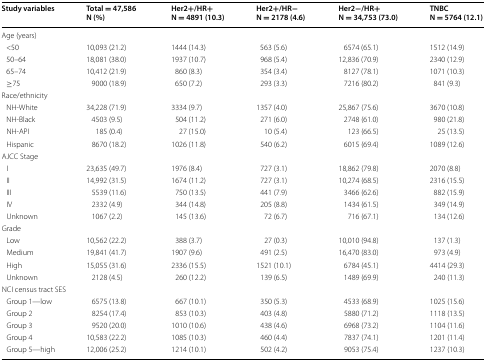
<table><thead><tr><td><b>Study variables</b></td><td><b>Total = 47,586 N (%)</b></td><td><b>Her2+/HR+N = 4891 (10.3)</b></td><td><b>Her2+/HR−N = 2178 (4.6)</b></td><td><b>Her2−/HR+N = 34,753 (73.0)</b></td><td><b>TNBCN = 5764 (12.1)</b></td></tr></thead><tbody><tr><td colspan="6">Age (years)</td></tr><tr><td> &lt;50</td><td>10,093 (21.2)</td><td>1444 (14.3)</td><td>563 (5.6)</td><td>6574 (65.1)</td><td>1512 (14.9)</td></tr><tr><td> 50–64</td><td>18,081 (38.0)</td><td>1937 (10.7)</td><td>968 (5.4)</td><td>12,836 (70.9)</td><td>2340 (12.9)</td></tr><tr><td> 65–74</td><td>10,412 (21.9)</td><td>860 (8.3)</td><td>354 (3.4)</td><td>8127 (78.1)</td><td>1071 (10.3)</td></tr><tr><td> ≥75</td><td>9000 (18.9)</td><td>650 (7.2)</td><td>293 (3.3)</td><td>7216 (80.2)</td><td>841 (9.3)</td></tr><tr><td colspan="6">Race/ethnicity</td></tr><tr><td> NH-White</td><td>34,228 (71.9)</td><td>3334 (9.7)</td><td>1357 (4.0)</td><td>25,867 (75.6)</td><td>3670 (10.8)</td></tr><tr><td> NH-Black</td><td>4503 (9.5)</td><td>504 (11.2)</td><td>271 (6.0)</td><td>2748 (61.0)</td><td>980 (21.8)</td></tr><tr><td> NH-API</td><td>185 (0.4)</td><td>27 (15.0)</td><td>10 (5.4)</td><td>123 (66.5)</td><td>25 (13.5)</td></tr><tr><td> Hispanic</td><td>8670 (18.2)</td><td>1026 (11.8)</td><td>540 (6.2)</td><td>6015 (69.4)</td><td>1089 (12.6)</td></tr><tr><td colspan="6">AJCC Stage</td></tr><tr><td> I</td><td>23,635 (49.7)</td><td>1976 (8.4)</td><td>727 (3.1)</td><td>18,862 (79.8)</td><td>2070 (8.8)</td></tr><tr><td> II</td><td>14,992 (31.5)</td><td>1674 (11.2)</td><td>727 (3.1)</td><td>10,274 (68.5)</td><td>2316 (15.5)</td></tr><tr><td> III</td><td>5539 (11.6)</td><td>750 (13.5)</td><td>441 (7.9)</td><td>3466 (62.6)</td><td>882 (15.9)</td></tr><tr><td> IV</td><td>2332 (4.9)</td><td>344 (14.8)</td><td>205 (8.8)</td><td>1434 (61.5)</td><td>349 (14.9)</td></tr><tr><td> Unknown</td><td>1067 (2.2)</td><td>145 (13.6)</td><td>72 (6.7)</td><td>716 (67.1)</td><td>134 (12.6)</td></tr><tr><td colspan="6">Grade</td></tr><tr><td> Low</td><td>10,562 (22.2)</td><td>388 (3.7)</td><td>27 (0.3)</td><td>10,010 (94.8)</td><td>137 (1.3)</td></tr><tr><td> Medium</td><td>19,841 (41.7)</td><td>1907 (9.6)</td><td>491 (2.5)</td><td>16,470 (83.0)</td><td>973 (4.9)</td></tr><tr><td> High</td><td>15,055 (31.6)</td><td>2336 (15.5)</td><td>1521 (10.1)</td><td>6784 (45.1)</td><td>4414 (29.3)</td></tr><tr><td> Unknown</td><td>2128 (4.5)</td><td>260 (12.2)</td><td>139 (6.5)</td><td>1489 (69.9)</td><td>240 (11.3)</td></tr><tr><td colspan="6">NCI census tract SES</td></tr><tr><td> Group 1—low</td><td>6575 (13.8)</td><td>667 (10.1)</td><td>350 (5.3)</td><td>4533 (68.9)</td><td>1025 (15.6)</td></tr><tr><td> Group 2</td><td>8254 (17.4)</td><td>853 (10.3)</td><td>403 (4.8)</td><td>5880 (71.2)</td><td>1118 (13.5)</td></tr><tr><td> Group 3</td><td>9520 (20.0)</td><td>1010 (10.6)</td><td>438 (4.6)</td><td>6968 (73.2)</td><td>1104 (11.6)</td></tr><tr><td> Group 4</td><td>10,583 (22.2)</td><td>1085 (10.3)</td><td>460 (4.4)</td><td>7837 (74.1)</td><td>1201 (11.4)</td></tr><tr><td> Group 5—high</td><td>12,006 (25.2)</td><td>1214 (10.1)</td><td>502 (4.2)</td><td>9053 (75.4)</td><td>1237 (10.3)</td></tr></tbody></table>